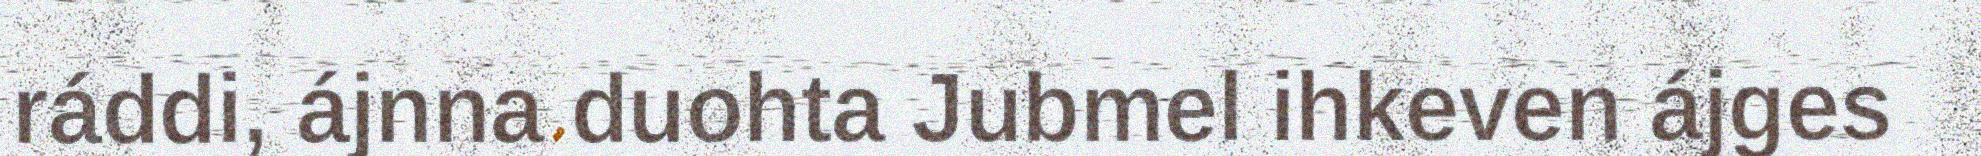
ráddi, ájnna duohta Jubmel ihkeven ájges